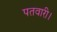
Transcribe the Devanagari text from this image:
पतवारी।